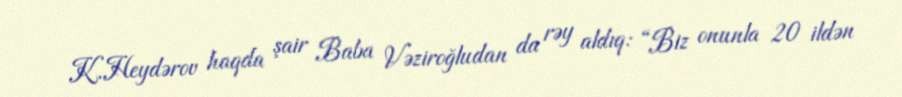
K.Heydərov haqda şair Baba Vəziroğludan da rəy aldıq: “Biz onunla 20 ildən